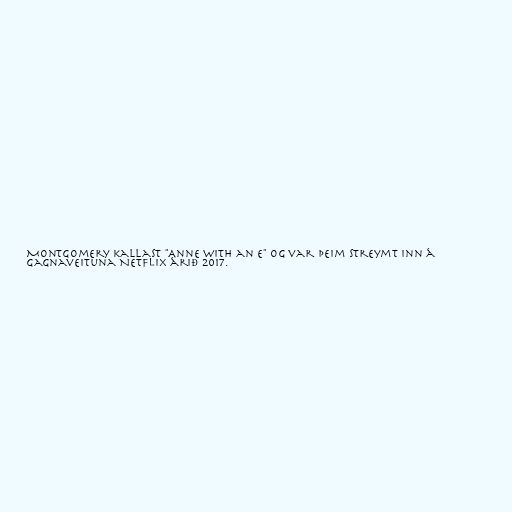
Montgomery kallast "Anne with an E" og var þeim streymt inn á
gagnaveituna Netflix árið 2017.